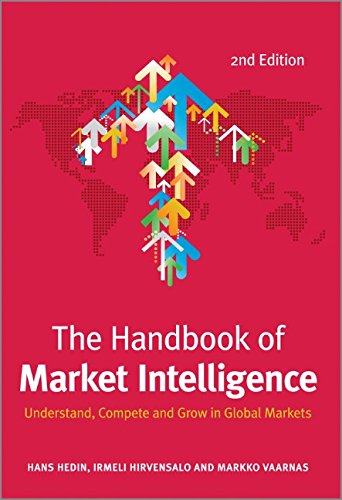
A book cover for The Handbook of Market Intelligence: Understand, Compete and Grow in Global Markets; Hans Hedin; Business & Money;